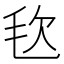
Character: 𣬴